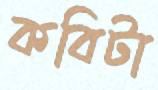
কবিটা